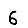
Digit: 6